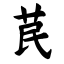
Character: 苠